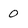
Character: 0